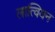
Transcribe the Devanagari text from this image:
लात्वियन